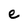
Character: e